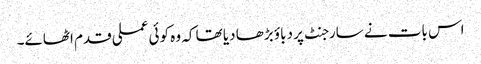
اس بات نے سارجنٹ پر دباؤ بڑھا دیا تھا کہ وہ کوئی عملی قدم اٹھائے۔